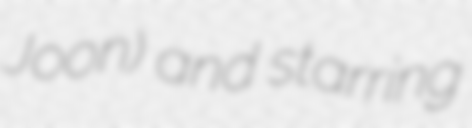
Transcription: Joon) and starring